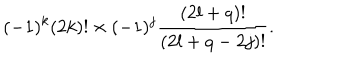
( - 1 ) ^ { k } ( 2 k ) ! \times ( - 1 ) ^ { j } \frac { ( 2 l + q ) ! } { ( 2 l + q - 2 j ) ! } .